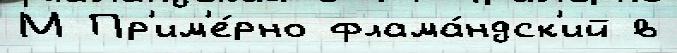
М Пр'им'е́рно флама́ндск'ий в